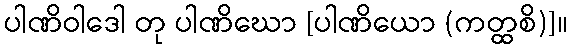
ပါဏိဝါဒေါ တု ပါဏိဃော [ပါဏိယော (ကတ္ထစိ)]။